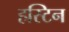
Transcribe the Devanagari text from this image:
हस्टिन